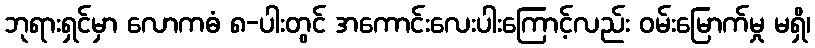
ဘုရားရှင်မှာ လောကဓံ ၈-ပါးတွင် အကောင်းလေးပါးကြောင့်လည်း ဝမ်းမြောက်မှု မရှိ၊